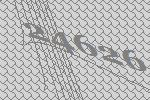
24626